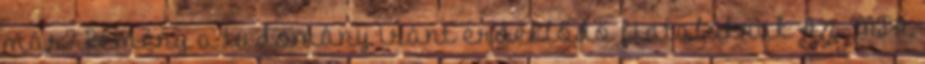
már? Remény a tudomány iránt érdeklődő fiataloknak Az MTA